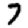
Digit: 7